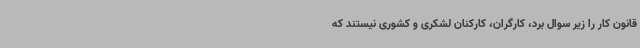
قانون کار را زیر سوال برد، کارگران، کارکنان لشکری و کشوری نیستند که